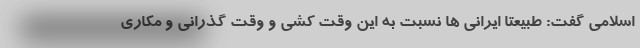
اسلامی گفت: طبیعتا ایرانی ها نسبت به این وقت کشی و وقت گذرانی و مکاری